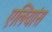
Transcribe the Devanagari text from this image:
एलियांस